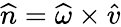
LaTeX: \widehat{n}=\widehat{\omega}\times\widehat{v}